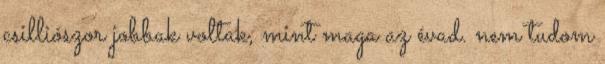
csilliószor jobbak voltak, mint maga az évad. nem tudom